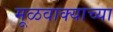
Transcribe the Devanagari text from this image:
मूळवाक्याच्या